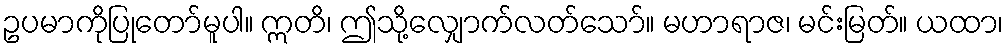
ဥပမာကိုပြုတော်မူပါ။ ဣတိ၊ ဤသို့လျှောက်လတ်သော်။ မဟာရာဇ၊ မင်းမြတ်။ ယထာ၊